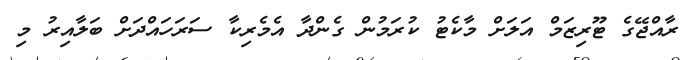
ރާއްޖޭގެ ޓޫރިޒަމް އަލަށް މާކެޓު ކުރަމުން ގެންދާ އެމެރިކާ ސަރަހައްދަށް ބަލާއިރު މި